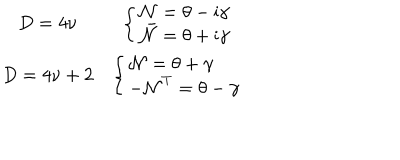
\begin{matrix} { { D = 4 \nu } } & { { \left\{ \left\{ \begin{cases} { { { \cal N } = \theta - \mathrm { i } \gamma } } \\ { { { \bar { \cal N } } = \theta + \mathrm { i } \gamma } } \\ \end{cases} \right. \right. } } \\ { { D = 4 \nu + 2 } } & { { \left\{ \left\{ \begin{cases} { { { \cal N } = \theta + \gamma } } \\ { { - { \cal N } ^ { T } = \theta - \gamma } } \\ \end{cases} \right. \right. } } \\ \end{matrix}